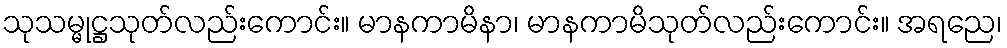
သုသမ္မုဋ္ဌသုတ်လည်းကောင်း။ မာနကာမိနာ၊ မာနကာမိသုတ်လည်းကောင်း။ အရညေ၊